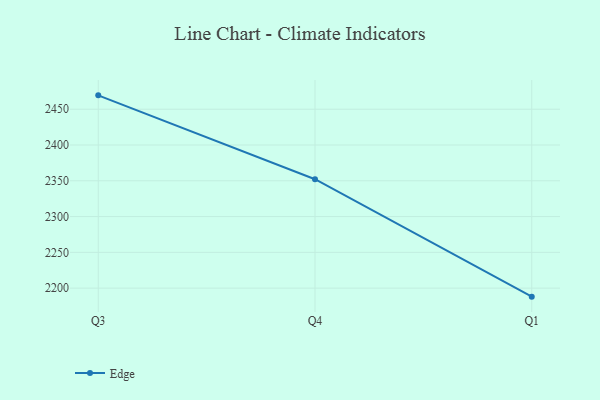
{"axis": {"x": "Quarter", "y": "Energy Usage (MWh)"}, "legend": ["Edge"], "data": [{"x": "Q3", "y": 2469.4, "type": "Edge"}, {"x": "Q4", "y": 2352.2, "type": "Edge"}, {"x": "Q1", "y": 2188.1, "type": "Edge"}]}